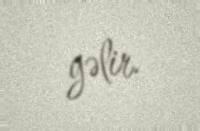
gəlir.